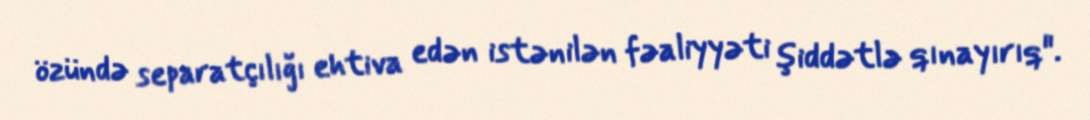
özündə separatçılığı ehtiva edən istənilən fəaliyyəti şiddətlə qınayırıq".